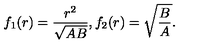
f _ { 1 } ( r ) = \frac { r ^ { 2 } } { \sqrt { A B } } , f _ { 2 } ( r ) = \sqrt { \frac { B } { A } } .